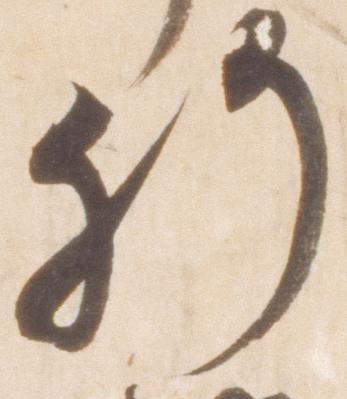
肝